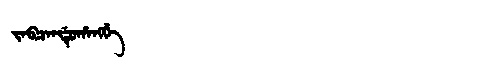
Manchu: ᠵᠠᠪᠴᠠᠨᡩᡠᡥᠠᠩᡤᡝ
Romanization: JABCANDUHANGGE